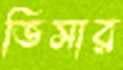
ভিসার